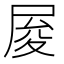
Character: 𡱥